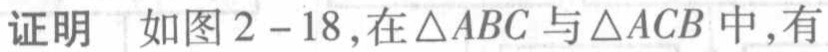
证明 如图2 - 18,在$\triangle ABC$与$\triangle ACB$中,有